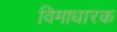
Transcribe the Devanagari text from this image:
विमाधारक